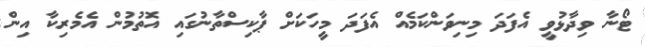
ޓޯނާ ވިދާޅުވީ އެފަދަ މިނިވަންކަމެއް އެފަދަ މީހަކަށް ޕާކިސްތާނުގައި އޮތުމުން އެމެރިކާ އިން